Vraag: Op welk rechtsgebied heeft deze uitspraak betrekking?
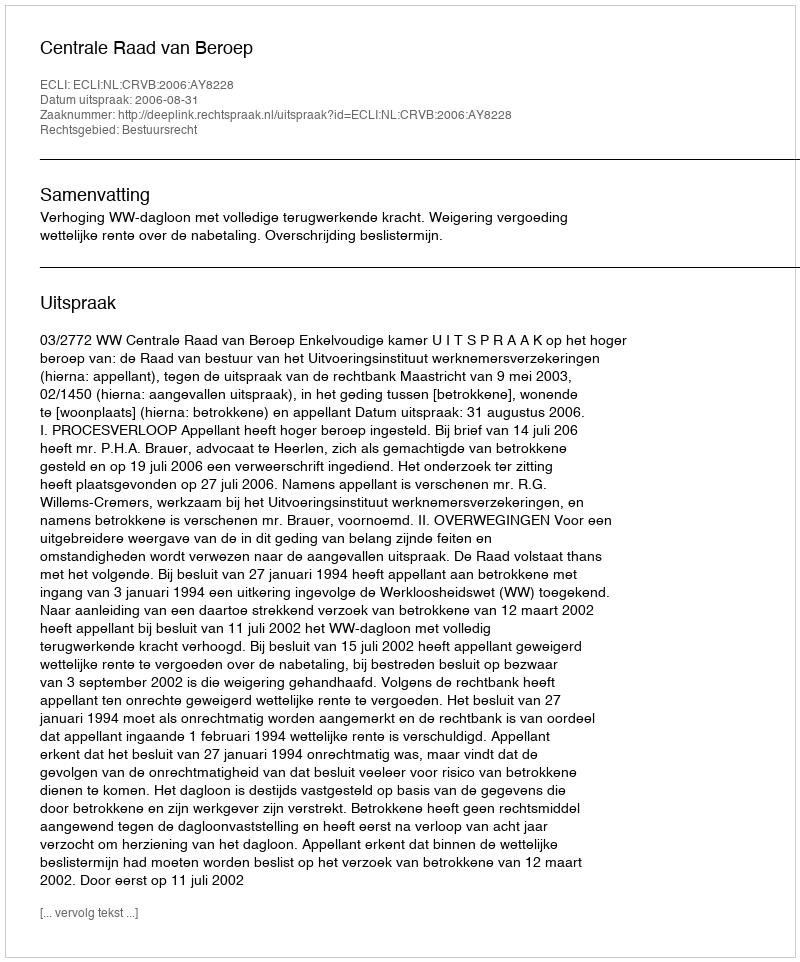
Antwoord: Bestuursrecht